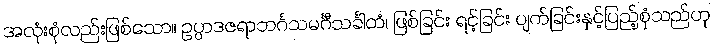
အလုံးစုံလည်းဖြစ်သော။ ဥပ္ပာဒဇရာဘင်္ဂသမင်္ဂီသင်္ခါတံ၊ ဖြစ်ခြင်း ရင့်ခြင်း ပျက်ခြင်းနှင့်ပြည့်စုံသည်ဟု